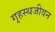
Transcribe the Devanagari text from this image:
गृहस्थजीवन